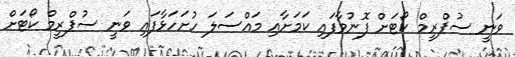
ވަނީ ސުޕްރީމް ކޯޓަށް ފޮނުވާފައި ކަމަށާއި މައްސަލަ ހުށަހަޅާފައި ވަނީ ސުޕްރީމް ކޯޓަށް